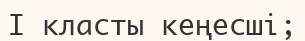
I класты кеңесші;